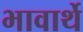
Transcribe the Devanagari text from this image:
भावार्थे